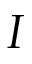
I